Specificity of antivenomous sera - Number 5
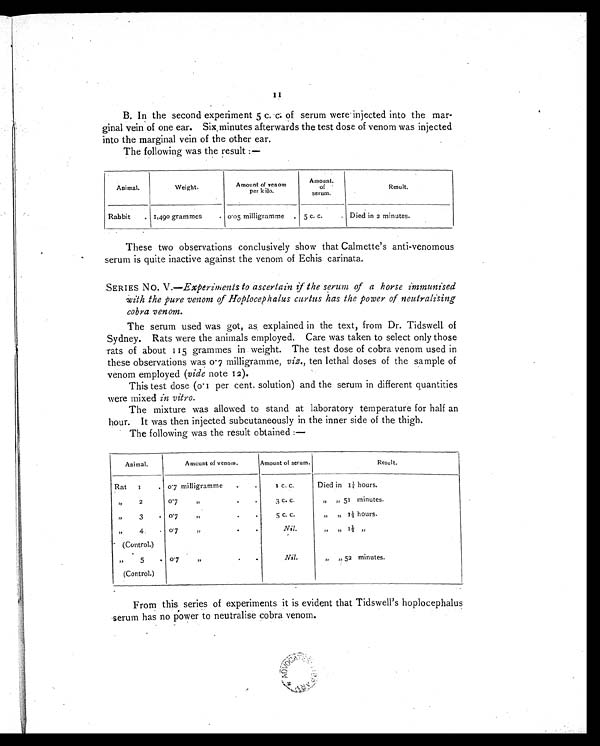
11
B. In the second experiment 5 c. c. of serum were injected into the mar-
ginal vein of one ear. Six minutes afterwards the test dose of venom was injected
into the marginal vein of the other ear.
The following was the result :—
Animal.
Weight.
Amount of venom
per kilo.
Amount
of
serum.
Result.
Rabbit
. 1,490 grammes
. 0.05 milligramme . 5 c. c.
. Died in 2 minutes.
These two observations conclusively show that Calmette's anti-venomous
serum is quite inactive against the venom of Echis carinata.
SERIES NO. V .—Experiments to ascertain if the serum of a horse immunised
with the pure venom of Hoplocephalus curtus has the power of neutralising
cobra venom.
The serum used was got, as explained in the text, from Dr. Tidswell. of
Sydney. Rats were the animals employed. Care was taken to select only those
rats of about 115 grammes in weight. The test dose of cobra venom used in
these observations was 0.7 milligramme, viz., ten lethal doses of the sample of
venom employed ( vide note 12).
This test dose (0.1 per cent. solution) and the serum in different quantities
were mixed in vitro.
The mixture was allowed to stand at laboratory temperature for half an
hour. It was then injected subcutaneously in the inner side of the thigh.
The following was the result obtained :—
Animal.
Amount of venom.
Amount of serum.
Result.
Rat 1
. 0.7 milligramme
.
.
1 c. c.
Died in 1¼ hours.
„
2
.
0.7
„
. .
3 c. c.
,, ,,
51 minutes.
„
3
.
0.7
„
.
5 c. c.
,,
„ 1½ hours.
„
4
.
0.7
„
. .
Nil.
,, ,,
1½
,,
(Control.)
„
5
.
(Control.)
0.7
„
.
.
Nil.
„ „ 52 minutes.
From this series of experiments it is evident that Tidswell's hoplocephalus
serum has no power to neutralise cobra venom.